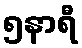
၅နာရီ